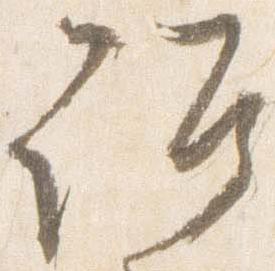
詔